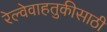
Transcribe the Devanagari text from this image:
रेल्वेवाहतुकीसाठी